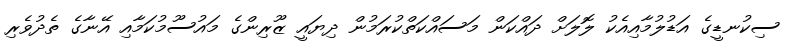
ސިކުނޑީގެ އަޑުލުމާއިއެކު ލޮލަށް ދައްކަން މަސައްކަތްކުރަމުން ދިޔައީ ޒޫރިންގެ މައުސޫމުކަމާއި އޭނާގެ ތެދުވެރި